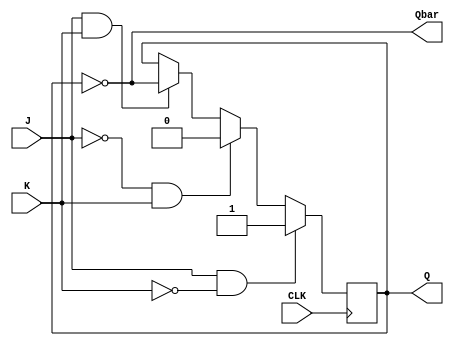
module JK_FF_design (
    input J, K, CLK,
    output reg Q, Qbar
    );

    always @(posedge CLK) begin
        if (J && !K)
            Q <= 1'b1;
        else if (!J && K)
            Q <= 1'b0;
        else if (J && K)
            Q <= ~Q;
    end

    always @(*) begin
        Qbar = ~Q;
    end

endmodule